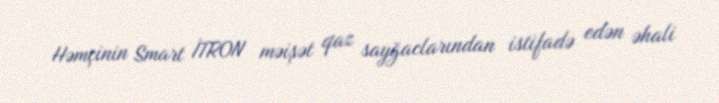
Həmçinin Smart İTRON məişət qaz sayğaclarından istifadə edən əhali